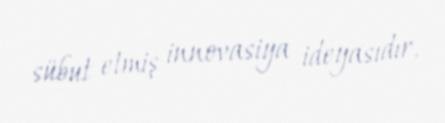
sübut etmiş innovasiya ideyasıdır.